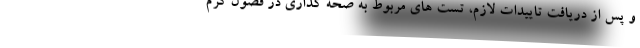
و پس از دریافت تاییدات لازم، تست های مربوط به صحه گذاری در فصول گرم